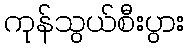
ကုန်သွယ်စီးပွား